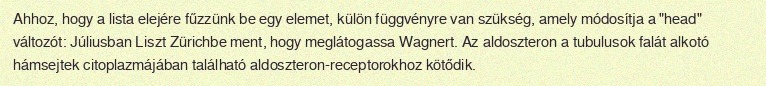
Ahhoz, hogy a lista elejére fűzzünk be egy elemet, külön függvényre van szükség, amely módosítja a "head" változót: Júliusban Liszt Zürichbe ment, hogy meglátogassa Wagnert. Az aldoszteron a tubulusok falát alkotó hámsejtek citoplazmájában található aldoszteron-receptorokhoz kötődik.